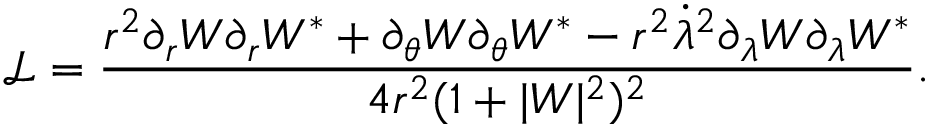
\mathcal { L } = \frac { r ^ { 2 } \partial _ { r } W \partial _ { r } W ^ { * } + \partial _ { \theta } W \partial _ { \theta } W ^ { * } - r ^ { 2 } \dot { \lambda } ^ { 2 } \partial _ { \lambda } W \partial _ { \lambda } W ^ { * } } { 4 r ^ { 2 } ( 1 + | W | ^ { 2 } ) ^ { 2 } } .